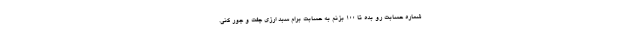
شماره حسابت رو بده تا 100 بزنم به حسابت برام سبد ارزی جفت و جور کنی.